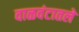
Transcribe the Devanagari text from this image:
वाळवंटातले